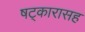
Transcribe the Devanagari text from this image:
षट्‍कारासह